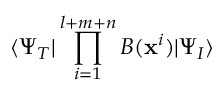
\langle \Psi _ { T } | \prod _ { i = 1 } ^ { l + m + n } B ( { \mathbf x } ^ { i } ) | \Psi _ { I } \rangle